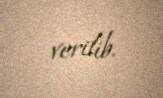
verilib.